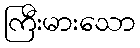
ကြီးမားသော